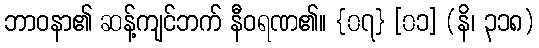
ဘာဝနာ၏ ဆန့်ကျင်ဘက် နီဝရဏ၏။ {၀၇} [၀၁] (နိ၊ ၃၁၈)